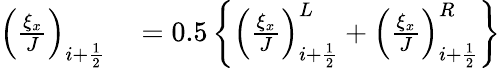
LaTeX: \begin{array}{rl}{\left(\frac{\xi_{x}}{J}\right)_{i+\frac{1}{2}}}&{{}=0.5\left\{ \left(\frac{\xi_{x}}{J}\right)_{i+\frac{1}{2}}^{L}+\left(\frac{\xi_{x}}{J}\right)_{i+\frac{1}{2}}^{R}\right\} }\end{array}